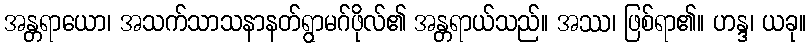
အန္တရာယော၊ အသက်သာသနာနတ်ရွာမဂ်ဖိုလ်၏ အန္တရာယ်သည်။ အဿ၊ ဖြစ်ရာ၏။ ဟန္ဒ၊ ယခု။